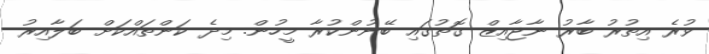
ވުރެ އިތުރު ބާރު ނާޖާއިޒް ގޮތުގައި ބޭނުންކުރާ މީހުން. މިދެ ކަންތައްކަށް ބަލާއިރު